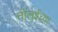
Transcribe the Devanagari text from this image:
तोलुईच्या